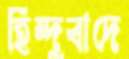
হিন্দুবাদে